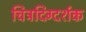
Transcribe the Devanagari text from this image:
चित्रदिग्दर्शक